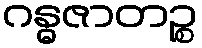
ဂန္ဓဇာတဉ္စ